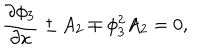
\frac { \partial \phi _ { 3 } } { \partial x } \pm A _ { 2 } \mp \phi _ { 3 } ^ { 2 } A _ { 2 } = 0 ,